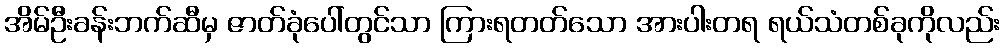
အိမ်ဦးခန်းဘက်ဆီမှ ဇာတ်ခုံပေါ်တွင်သာ ကြားရတတ်သော အားပါးတရ ရယ်သံတစ်ခုကိုလည်း